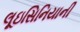
લૂઇસિનિયાની